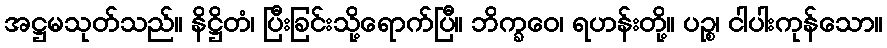
အဋ္ဌမသုတ်သည်။ နိဋ္ဌိတံ၊ ပြီးခြင်းသို့ရောက်ပြီ။ ဘိက္ခဝေ၊ ရဟန်းတို့။ ပဉ္စ၊ ငါပါးကုန်သော။